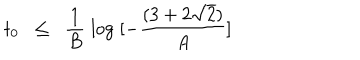
t _ { 0 } \; \; \leq \; \; \frac { 1 } { B } \; \log \; [ - \frac { ( 3 + 2 \sqrt { 2 } ) } { A } ]